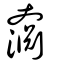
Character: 奫